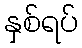
နှစ်ရပ်